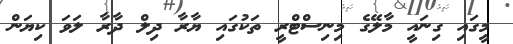
މީގައި ގިނައީ މާލޭގެ މިނިސްޓްރީ ތަކުގައި ޔާރާ ދިލް ދާރާ ލަވަ ކިޔަން